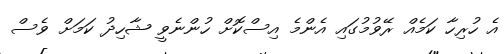
އެ ހުރިހާ ކަމެއް ރޭވުމުގައި އެންމެ އިސްކޮށް ހުންނެވީ ޝާހިދު ކަމަށް ވެސް